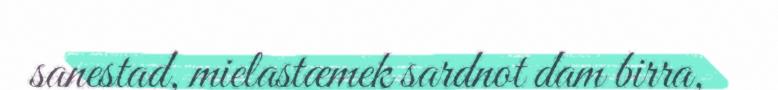
sanestad, mielastæmek sardnot dam birra,